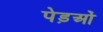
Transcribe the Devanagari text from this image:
पेड़ओं